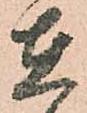
在